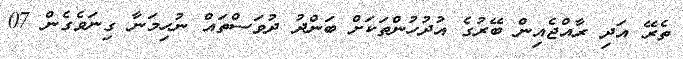
ތެރޭ އަދި ރާއްޖެއިން ބޭރުގެ އުދުހުންތަކަށް ބަންދު ދުވަސްތައް ނުހިމަނާ ގިނަވެގެން 07